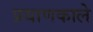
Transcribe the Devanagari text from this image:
प्रयाणकाले